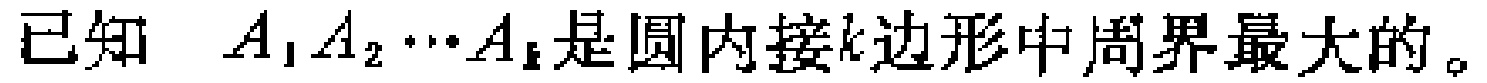
已知 \(A_{1}A_{2}\cdots A_{k}\)是圆内接\(k\)边形中周界最大的。